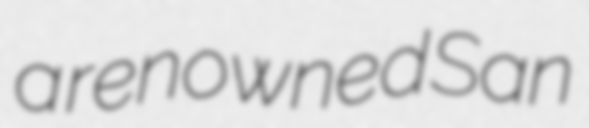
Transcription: a renowned San